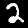
Digit: 2